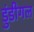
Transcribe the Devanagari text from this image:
डुंडीगल